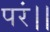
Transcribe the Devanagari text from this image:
परं।।